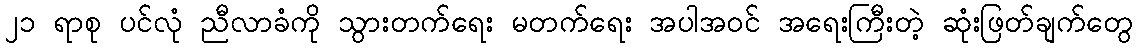
၂၁ ရာစု ပင်လုံ ညီလာခံကို သွားတက်ရေး မတက်ရေး အပါအဝင် အရေးကြီးတဲ့ ဆုံးဖြတ်ချက်တွေ